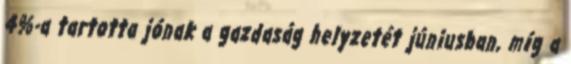
4%-a tartotta jónak a gazdaság helyzetét júniusban, míg a